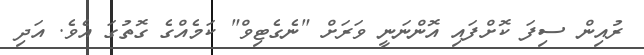
ރުއިން ސިފަ ކޮށްފައި އޮންނަނީ ވަރަށް "ނެގެޓިވް" ކަމެއްގެ ގޮތުގަ އެވެ. އަދި